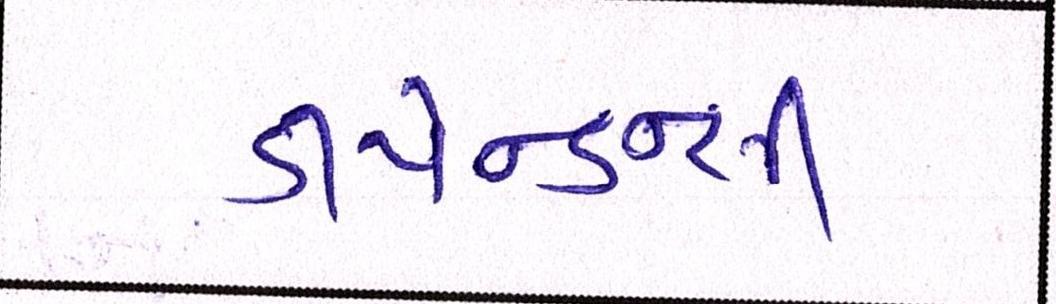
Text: ડીપેન્ડન્સી